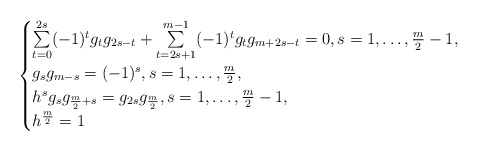
\begin{align*}\begin{cases}\sum\limits_{t=0}^{2s}(-1)^tg_tg_{2s-t}+\sum\limits_{t=2s+1}^{m-1}(-1)^tg_tg_{m+2s-t}=0,s=1,\dots,\frac{m}{2}-1,\\g_sg_{m-s}=(-1)^s,s=1,\dots,\frac{m}{2},\\h^sg_sg_{\frac{m}{2}+s}=g_{2s}g_{\frac{m}{2}},s=1,\dots,\frac{m}{2}-1,\\h^\frac{m}{2}=1\end{cases}\end{align*}